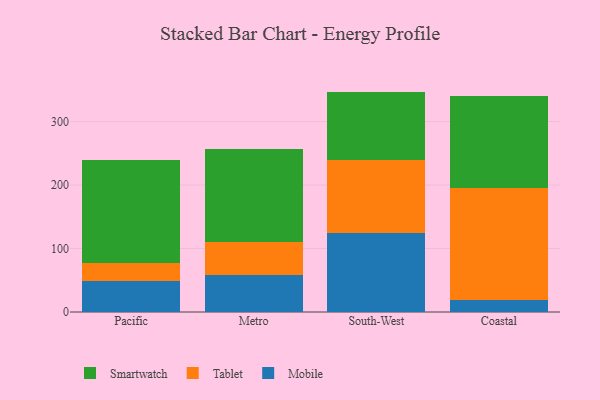
{"axis": {"x": "Region", "y": "Customer Acquisition Cost (USD)"}, "legend": ["Mobile", "Smartwatch", "Tablet"], "data": [{"x": "Pacific", "y": 48.4, "type": "Mobile"}, {"x": "Pacific", "y": 28.3, "type": "Tablet"}, {"x": "Pacific", "y": 162.4, "type": "Smartwatch"}, {"x": "Metro", "y": 58.3, "type": "Mobile"}, {"x": "Metro", "y": 51.3, "type": "Tablet"}, {"x": "Metro", "y": 147.0, "type": "Smartwatch"}, {"x": "South-West", "y": 124.8, "type": "Mobile"}, {"x": "South-West", "y": 113.8, "type": "Tablet"}, {"x": "South-West", "y": 108.5, "type": "Smartwatch"}, {"x": "Coastal", "y": 19.3, "type": "Mobile"}, {"x": "Coastal", "y": 175.4, "type": "Tablet"}, {"x": "Coastal", "y": 144.7, "type": "Smartwatch"}]}